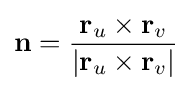
{\textbf {n}}={\frac {{\textbf {r}}_{u}\times {\textbf {r}}_{v}}{|{\textbf {r}}_{u}\times {\textbf {r}}_{v}|}}